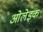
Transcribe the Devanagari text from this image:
ओलेइक